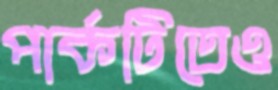
পার্কটিতেও